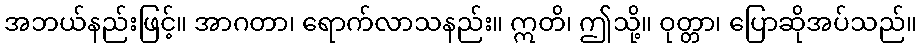
အဘယ်နည်းဖြင့်။ အာဂတာ၊ ရောက်လာသနည်း။ ဣတိ၊ ဤသို့။ ဝုတ္တာ၊ ပြောဆိုအပ်သည်။